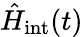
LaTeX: \hat{H}_{\mathrm{int}}(t)